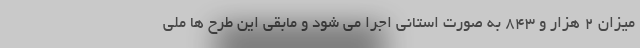
میزان ۲ هزار و ۸۴۳ به صورت استانی اجرا می شود و مابقی این طرح ها ملی